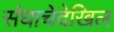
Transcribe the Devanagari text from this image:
संघाचेदेखिल